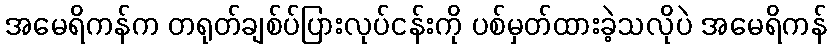
အမေရိကန်က တရုတ်ချစ်ပ်ပြားလုပ်ငန်းကို ပစ်မှတ်ထားခဲ့သလိုပဲ အမေရိကန်